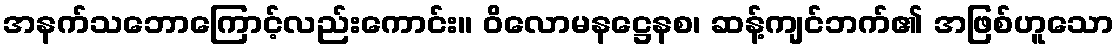
အနက်သဘောကြောင့်လည်းကောင်း။ ဝိလောမနဋ္ဌေနစ၊ ဆန့်ကျင်ဘက်၏ အဖြစ်ဟူသော